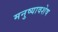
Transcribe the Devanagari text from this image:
मनुष्यावशेष